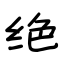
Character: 绝